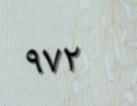
٩٧٢